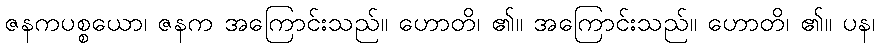
ဇနကပစ္စယော၊ ဇနက အကြောင်းသည်။ ဟောတိ၊ ၏။ အကြောင်းသည်။ ဟောတိ၊ ၏။ ပန၊